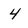
Character: 4